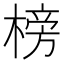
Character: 榜